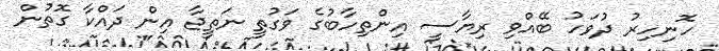
ހޮނިހިރު ދުވަހު ބޭއްވި ރިޔާސީ އިންތިހާބުގެ ވަގުތީ ނަތީޖާ އިން ދައްކާ ގޮތުން